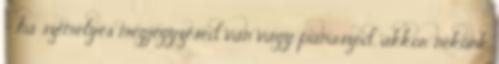
- ha személyes megjegyzésed van vagy panaszod, akkor nekünk